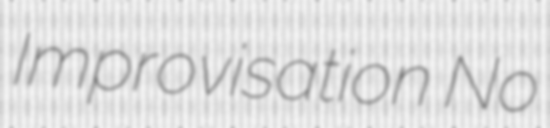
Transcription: Improvisation No